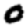
Digit: 0